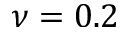
\nu = 0 . 2